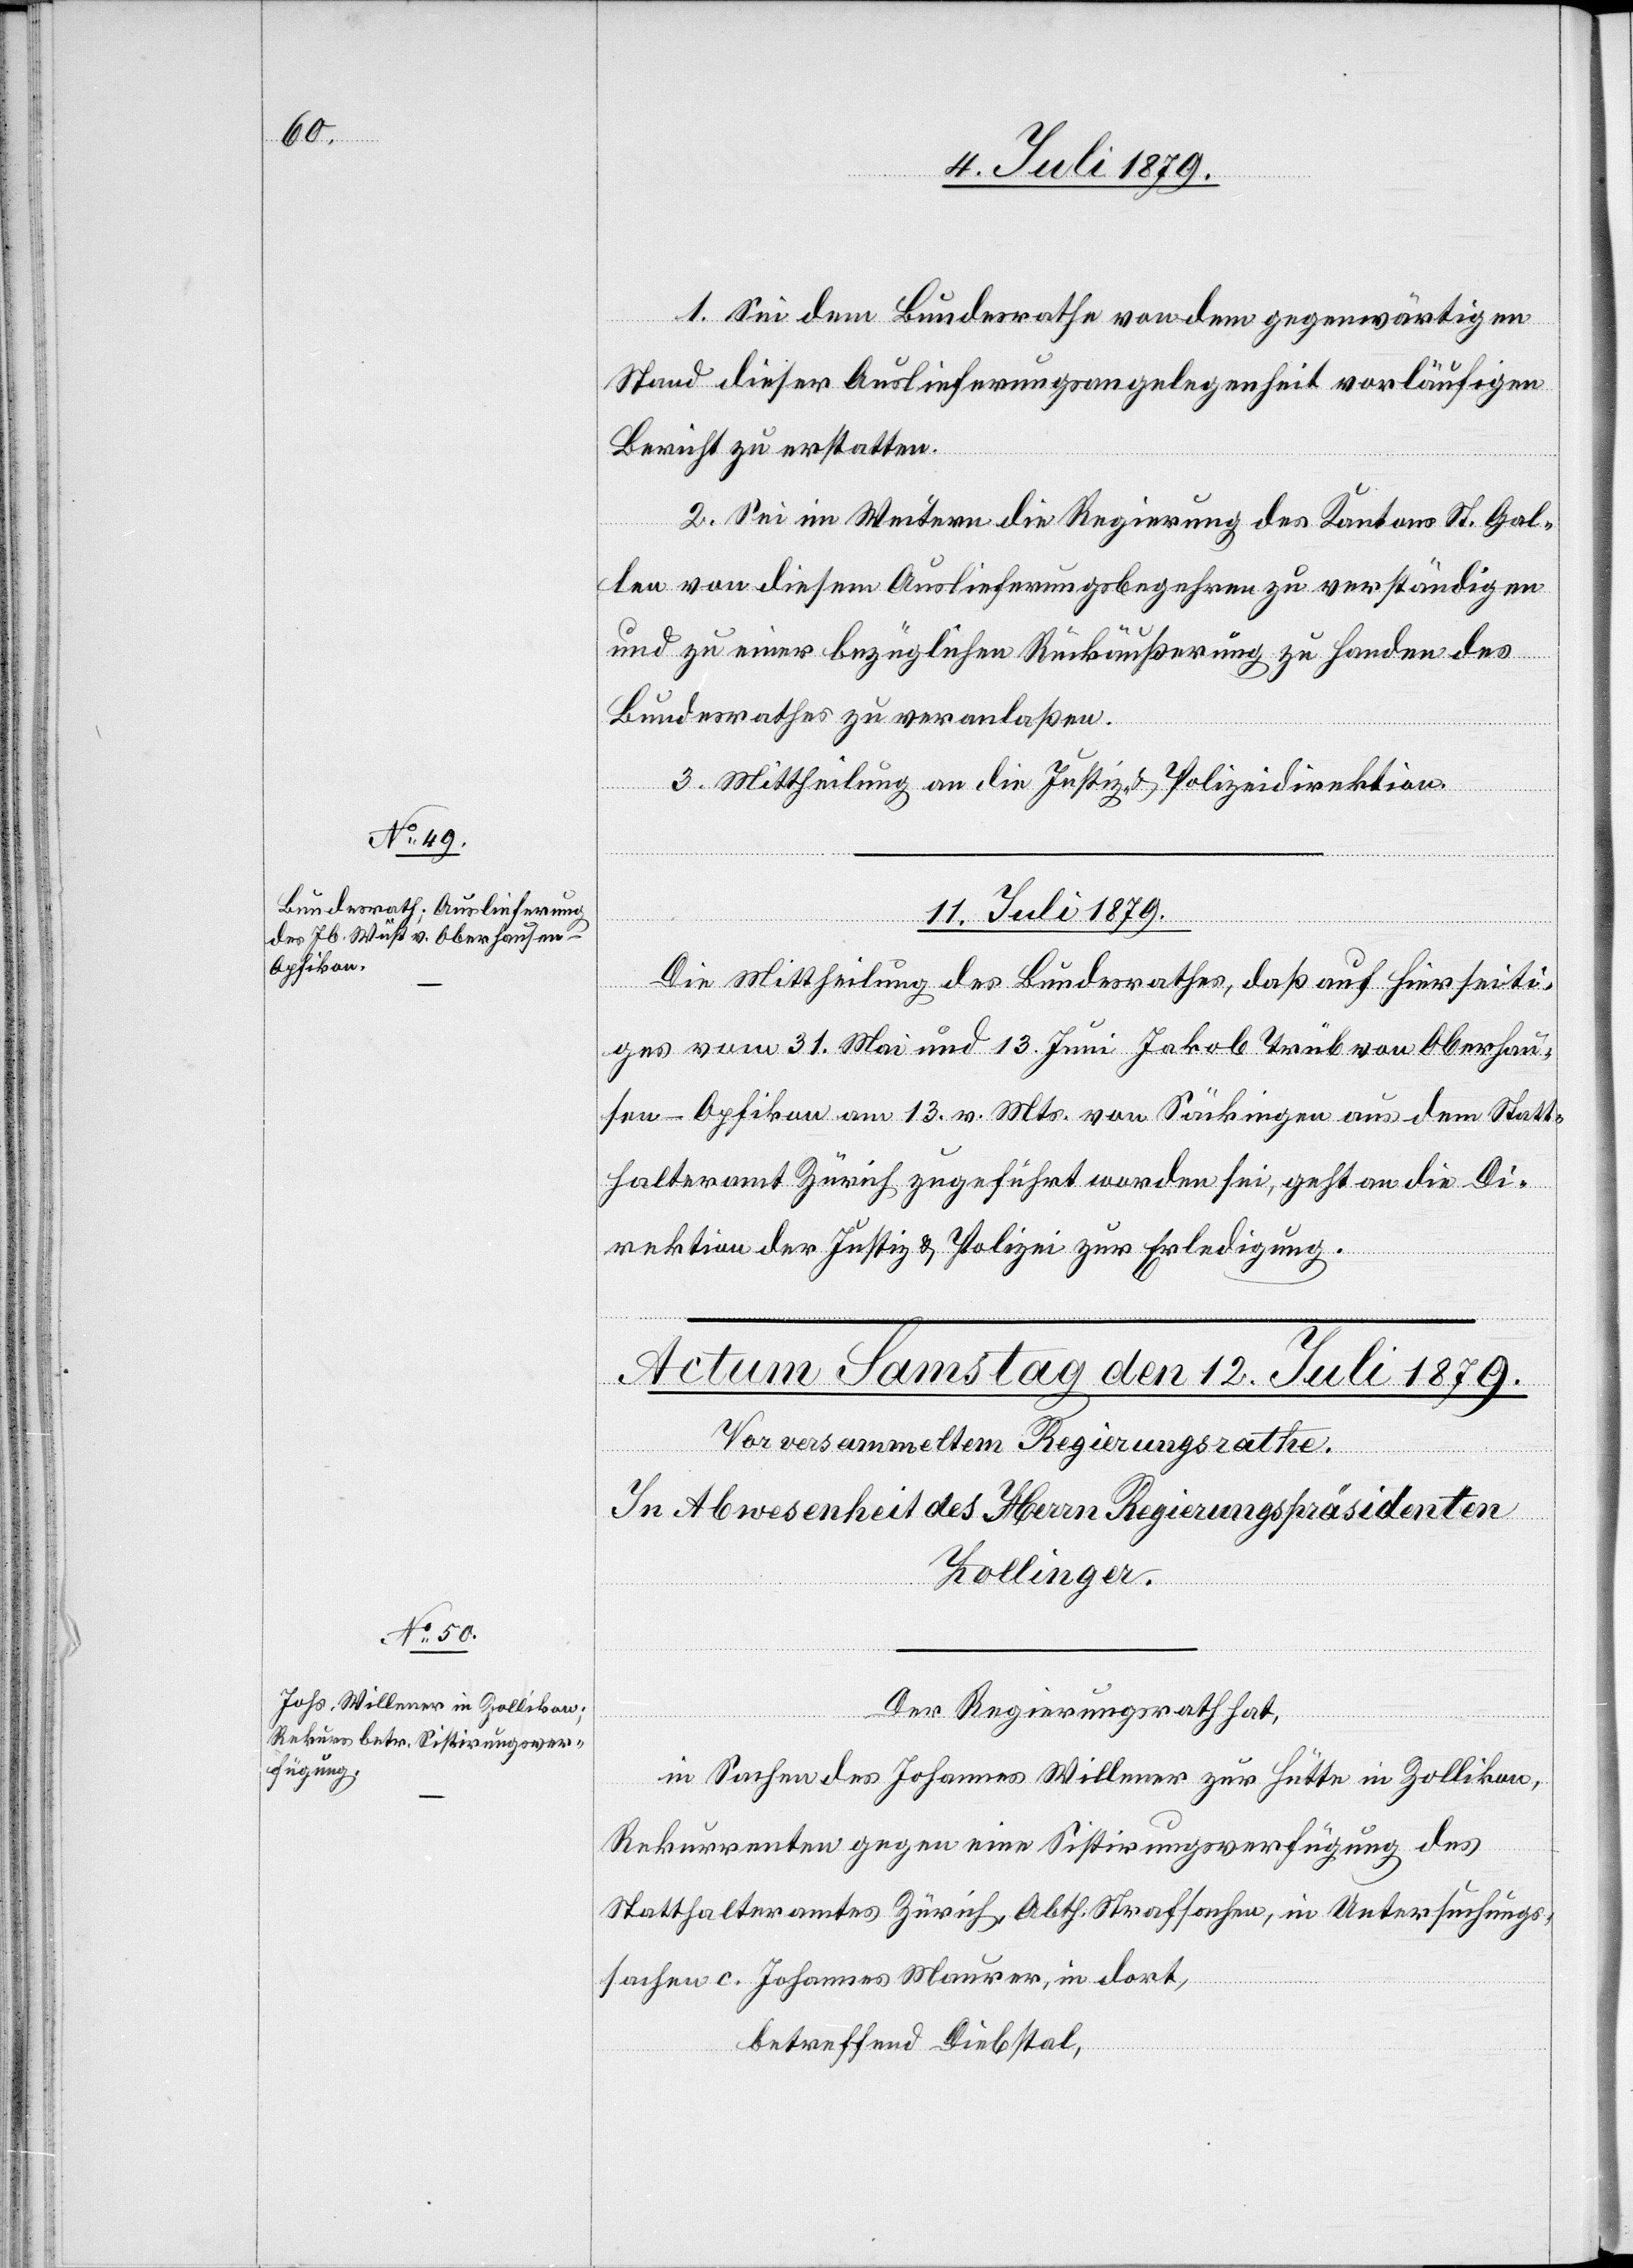
1. Sei dem Bundesrathe von dem gegenwärtigen
Stand dieser Auslieferungsangelegenheit vorläufigen
Bericht zu erstatten.
2. Sei im Weitern die Regierung des Kantons St. Gal¬
len von diesem Auslieferungsbegehren zu verständigen
und zu einer bezüglichen Rückäußerung zu Handen des
Bundesrathes zu veranlaßen.
3. Mittheilung an die Justiz- & Polizeidirektion.
11. Juli 1879.
Die Mittheilung des Bundesrathes, daß auf Hierseiti¬
ges vom 31. Mai und 13. Juni Jakob Trüb von Oberhau¬
sen - Opfikon am 13. v. Mts. von Säckingen aus dem Statt¬
halteramt Zürich zugeführt worden sei, geht an die Di¬
rektion der Justiz & Polizei zur Erledigung.
Der Regierungsrath hat,
in Sachen des Johannes Willnner zur Hütte in Zollikon,
Rekurrenten gegen eine Sistirungsverfügung des
Statthalteramtes Zürich, Abth. Strafsachen, in Untersuchungs¬
sachen c. Johannes Maurer, in dort,
betreffend Diebstal,